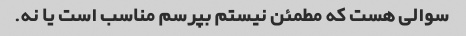
سوالی هست که مطمئن نیستم بپرسم مناسب است یا نه.